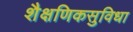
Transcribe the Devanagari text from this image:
शैक्षणिकसुविधा